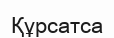
Құрсатса